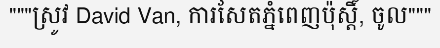
"""ស្រូវ David Van, ការសែតភ្នំពេញប៉ុស្តិ៍, ចូល"""